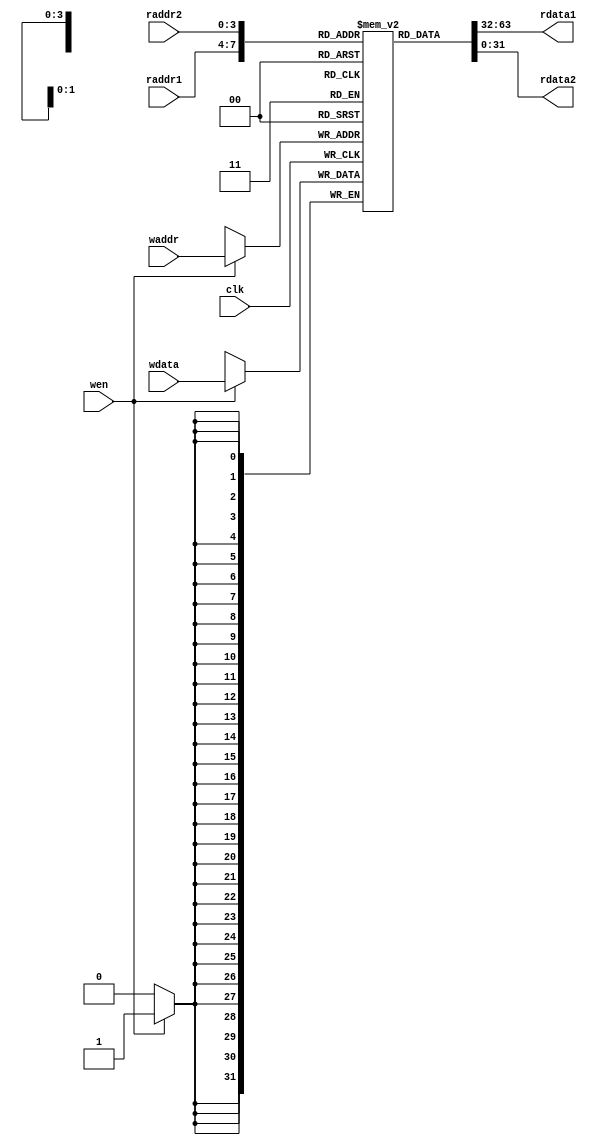
module RegFile(
    input clk,
    input [3:0] raddr1,
    input [3:0] raddr2,
    input wen,
    input [3:0] waddr,
    input [31:0] wdata,
    output [31:0] rdata1,
    output [31:0] rdata2
);
    reg [31:0] memory [0:15] /*verilator public*/;
    
    assign rdata1 = memory[raddr1];
    assign rdata2 = memory[raddr2];
    
    always @ (posedge clk) begin
        if (wen)
            memory[waddr] <= wdata;
    end
    
endmodule